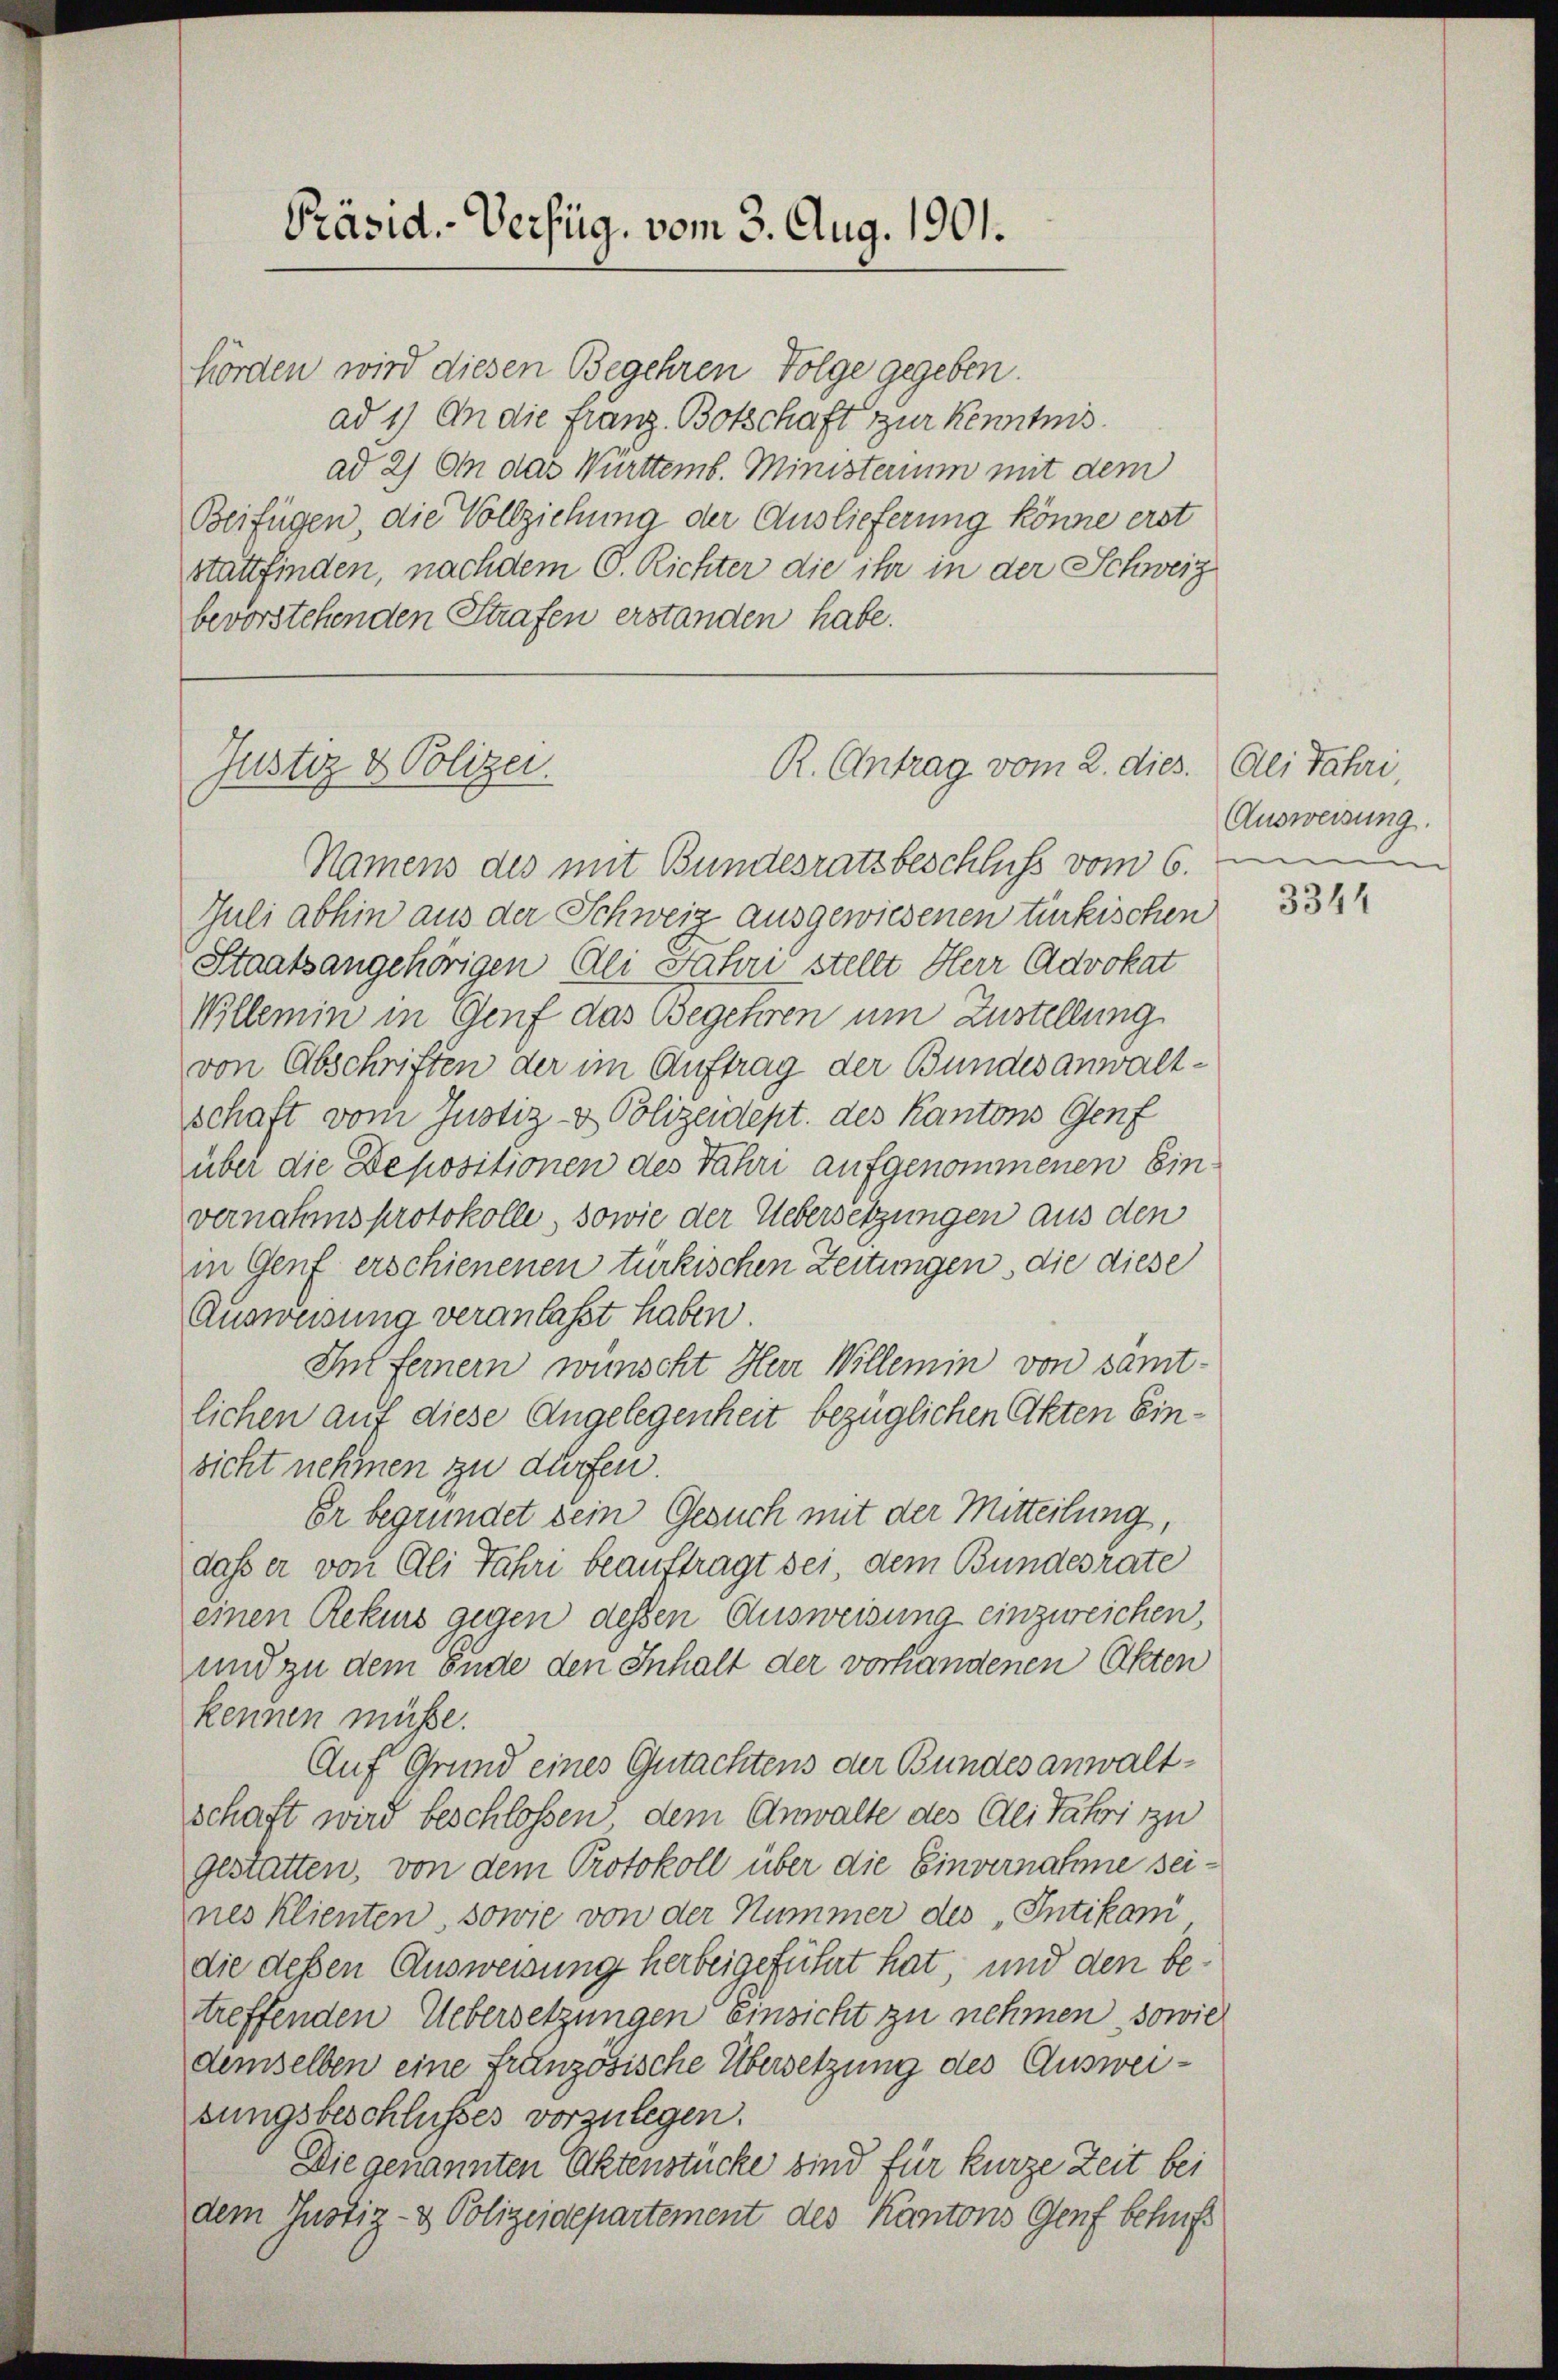
Präsid. Verfüg, vom 3. Aug. 1901.

hörden wird diesen Begehren Folge gegeben.
ad 1) An die Franz Botschaft zur Kenntnis
ad 2) An das Württemb. Ministerium mit dem
Beifügen die Vollziehung der Auslieferung könne erst
stattfinden, nachdem C. Richter die ihr in der Schweiz
bevorstehenden Strafen erstanden habe.

Justiz & Polizei.

Namens des mit Bundesratsbeschluss vom 6.
Juli abhin aus der Schweiz ausgewiesenen türkischen
Staatsangehörigen Ali Jahre stellt Herr Advokat
Willemin in Genf das Begehren um Zustellung
von Abschriften der im Auftrag der Bundesanwaltschaft vom Justiz- & Polizeidept. des Kantons Genf
über die Depositionen des Jahri aufgenommenen Einvernahmsprotokolle, sowie der Uebersetzungen aus den
in Genf erschienenen türkischen Zeitungen, die diese
Ausweisung veranlaßt haben.
Int Ferner wünscht Herr Willemin von sämt-
lichen auf diese Angelegenheit bezüglichen Akten Einsicht nehmen zu dürfen.
Er begründet sein Gesuch mit der Mitteilung
daß er von Ali Jahri beauftragt sei, dem Bundesrate
einen Rekurs gegen dessen Ausweisung einzureichen,
und zu dem Ende den Inhalt der vorhandenen Akten
kennen müsse.
Auf Grund eines Gutachtens der Bundes anwaltschaft wird beschlossen, dem Anwalte des Ali fahri zu
gestatten, von dem Protokoll über die Einvernahme seines Klienten, sowie von der Nummer des Intikani
die dessen Ausweisung herbeigeführt hat, und den bettreffenden Uebersetzungen Einsicht zu nehmen, sowie
demselben eine französische Übersetzung des Ausweisungsbeschlusses vorzulegen.
Die genannten Aktenstücke sind für kurze Zeit bei
dem Justiz- & Polizeidepartement des Kantons Genf behuf

R. Antrag vom 2. dies. Ali Jähri

Ausweisung.

3344